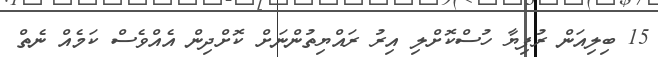
15 ބިލިއަން ރުފިޔާ ހުސްކޮށްލި އިރު ރައްޔިތުންނަށް ކޮށްދިން އެއްވެސް ކަމެއް ނެތް